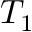
T _ { 1 }